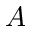
A